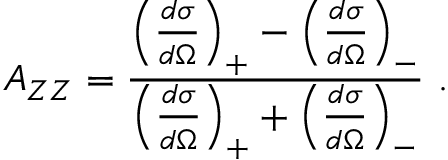
A _ { Z Z } = \frac { \left( \frac { d \sigma } { d \Omega } \right) _ { + } - \left( \frac { d \sigma } { d \Omega } \right) _ { - } } { \left( \frac { d \sigma } { d \Omega } \right) _ { + } + \left( \frac { d \sigma } { d \Omega } \right) _ { - } } \, \, .